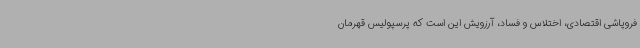
فروپاشی اقتصادی، اختلاس و فساد، آرزویش این است که پرسپولیس قهرمان